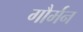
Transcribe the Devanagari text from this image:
गौर्मन